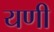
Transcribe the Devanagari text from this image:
यणी